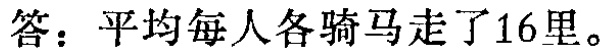
答：平均每人各骑马走了16里。